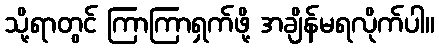
သို့ရာတွင် ကြာကြာရှက်ဖို့ အချိန်မရလိုက်ပါ။